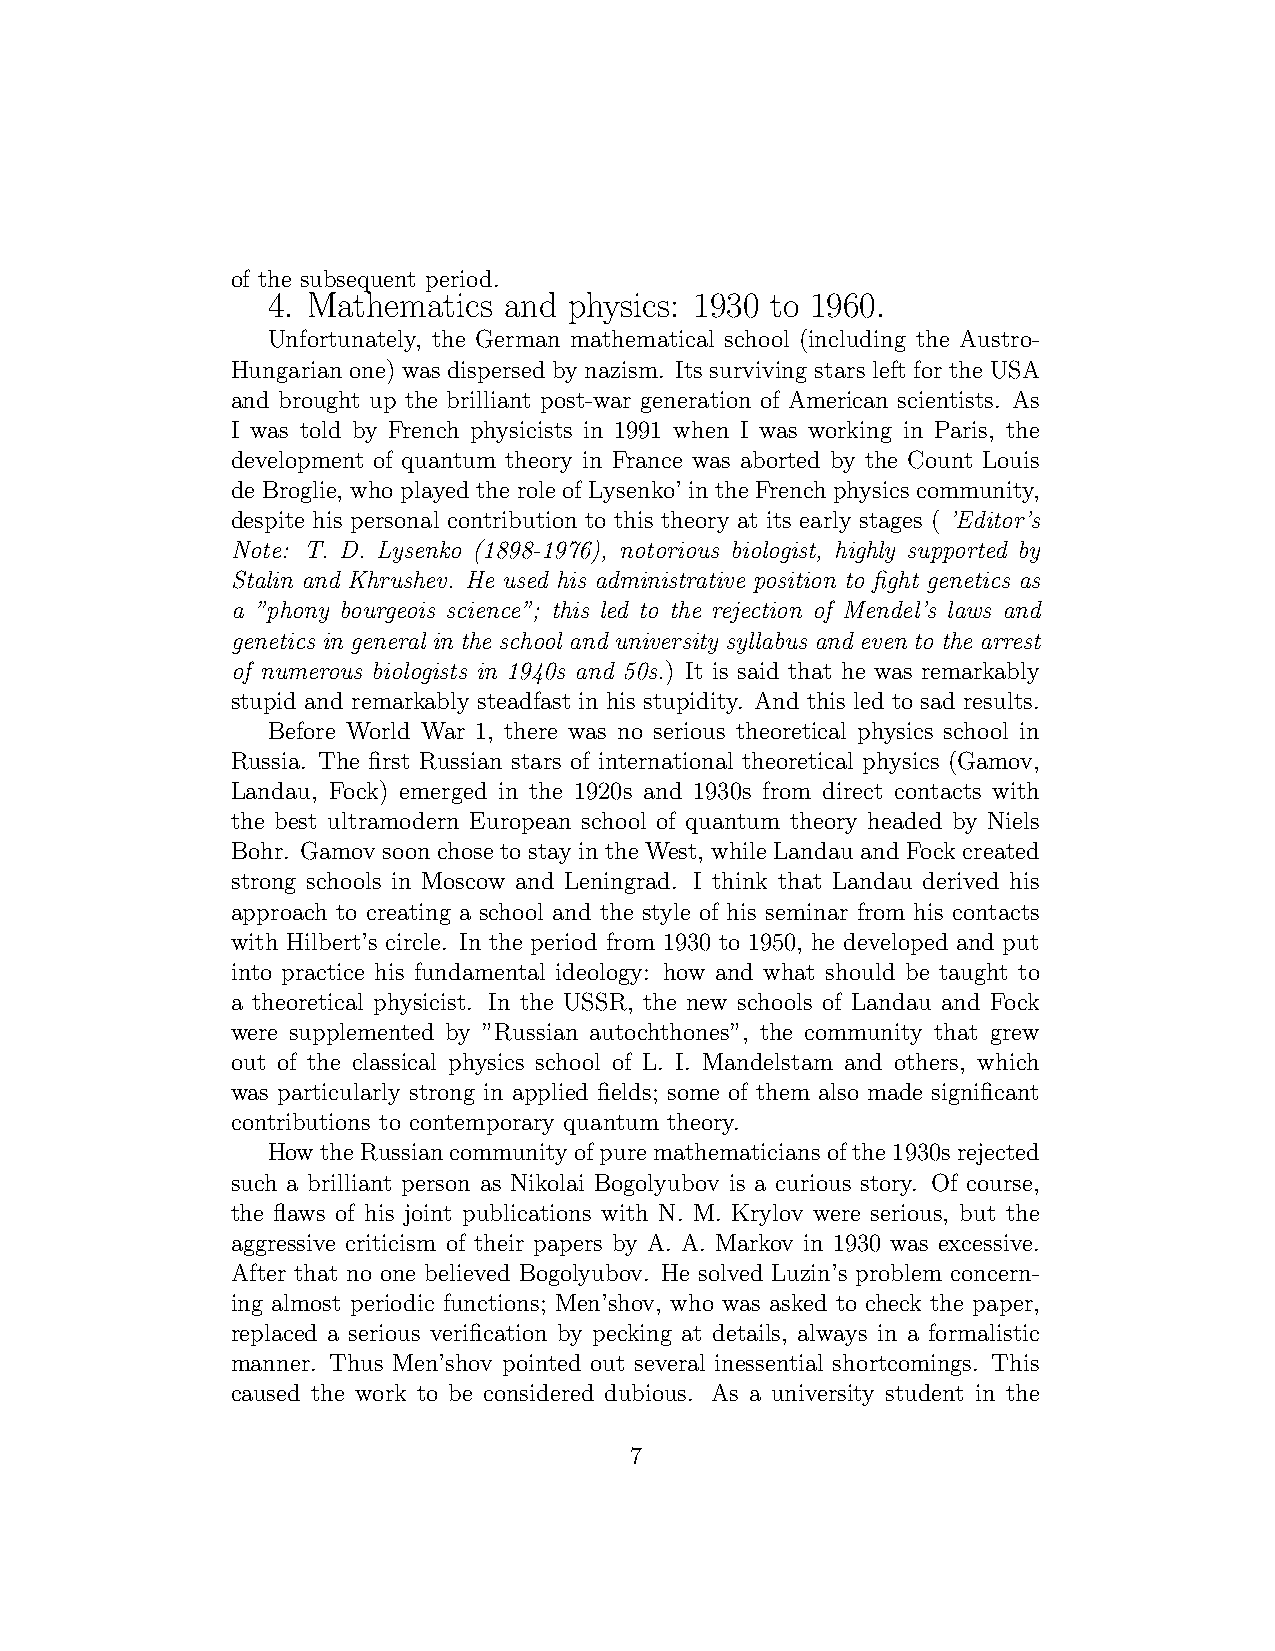
of the subsequent period.
 4. Mathematics and  physics: 1930 to 1960.
 Unfortunately, the German mathematical school (including the Austro-
 Hungarian one) was dispersed by nazism. Its surviving stars left for the USA
 and brought up the brilliant post-war generation of American scientists. As
 I was told by French physicists in 1991 when I was working in Paris, the
 development of quantum theory in France was aborted by the Count Louis
 de Broglie, who played the role of Lysenko’ in the French physics community,
 despite his personal contribution to this theory at its early stages ( ’Editor’s
 Note: T. D. Lysenko (1898-1976), notorious biologist, highly supported by
 Stalin and Khrushev. He used his administrative position to fight genetics as
 a ”phony bourgeois science”; this led to the rejection of Mendel’s laws and
 genetics in general in the school and university syllabus and even to the arrest
 of numerous biologists in 1940s and 50s.) It is said that he was remarkably
 stupid and remarkably steadfast in his stupidity. And this led to sad results.
 Before World War 1, there was no serious theoretical physics school in
 Russia. The first Russian stars of international theoretical physics (Gamov,
 Landau, Fock) emerged in the 1920s and 1930s from direct contacts with
 the best ultramodern European school of quantum theory headed by Niels
 Bohr. Gamov soon chose to stay in the West, while Landau and Fock created
 strong schools in Moscow and Leningrad. I think that Landau derived his
 approach to creating a school and the style of his seminar from his contacts
 with Hilbert’s circle. In the period from 1930 to 1950, he developed and put
 into practice his fundamental ideology: how and what should be taught to
 a theoretical physicist. In the USSR, the new schools of Landau and Fock
 were supplemented by ”Russian autochthones”, the community that grew
 out of the classical physics school of L. I. Mandelstam and others, which
 was particularly strong in applied fields; some of them also made significant
 contributions to contemporary quantum theory.
 HowtheRussiancommunityofpuremathematiciansofthe1930srejected
 such a brilliant person as Nikolai Bogolyubov is a curious story. Of course,
 the flaws of his joint publications with N. M. Krylov were serious, but the
 aggressive criticism of their papers by A. A. Markov in 1930 was excessive.
 After that no one believed Bogolyubov. He solved Luzin’s problem concern-
 ing almost periodic functions; Men’shov, who was asked to check the paper,
 replaced a serious verification by pecking at details, always in a formalistic
 manner. Thus Men’shov pointed out several inessential shortcomings. This
 caused the work to be considered dubious. As a university student in the
 7